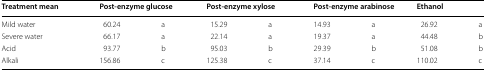
| Treatment mean | <COLSPAN=2> Post-enzyme glucose | <COLSPAN=2> Post-enzyme xylose | <COLSPAN=2> Post-enzyme arabinose | <COLSPAN=2> Ethanol |
 | --- | --- | --- | --- | --- | --- | --- | --- | --- |
 | Mild water | 60.24 | a | 15.29 | a | 14.93 | a | 26.92 | a |
 | Severe water | 66.17 | a | 22.14 | a | 19.37 | a | 44.48 | b |
 | Acid | 93.77 | b | 95.03 | b | 29.39 | b | 51.08 | b |
 | Alkali | 156.86 | c | 125.38 | c | 37.14 | c | 110.02 | c |